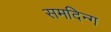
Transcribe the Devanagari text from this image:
समदिन्ग